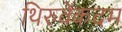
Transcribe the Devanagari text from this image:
थिरुवेंकदम